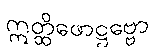
ဣတ္ထိဖောဋ္ဌဗ္ဗော